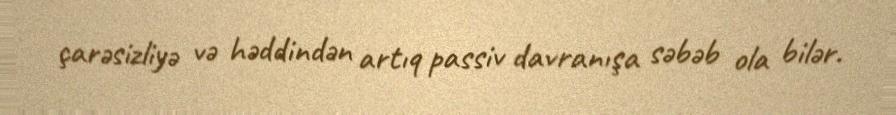
çarəsizliyə və həddindən artıq passiv davranışa səbəb ola bilər.